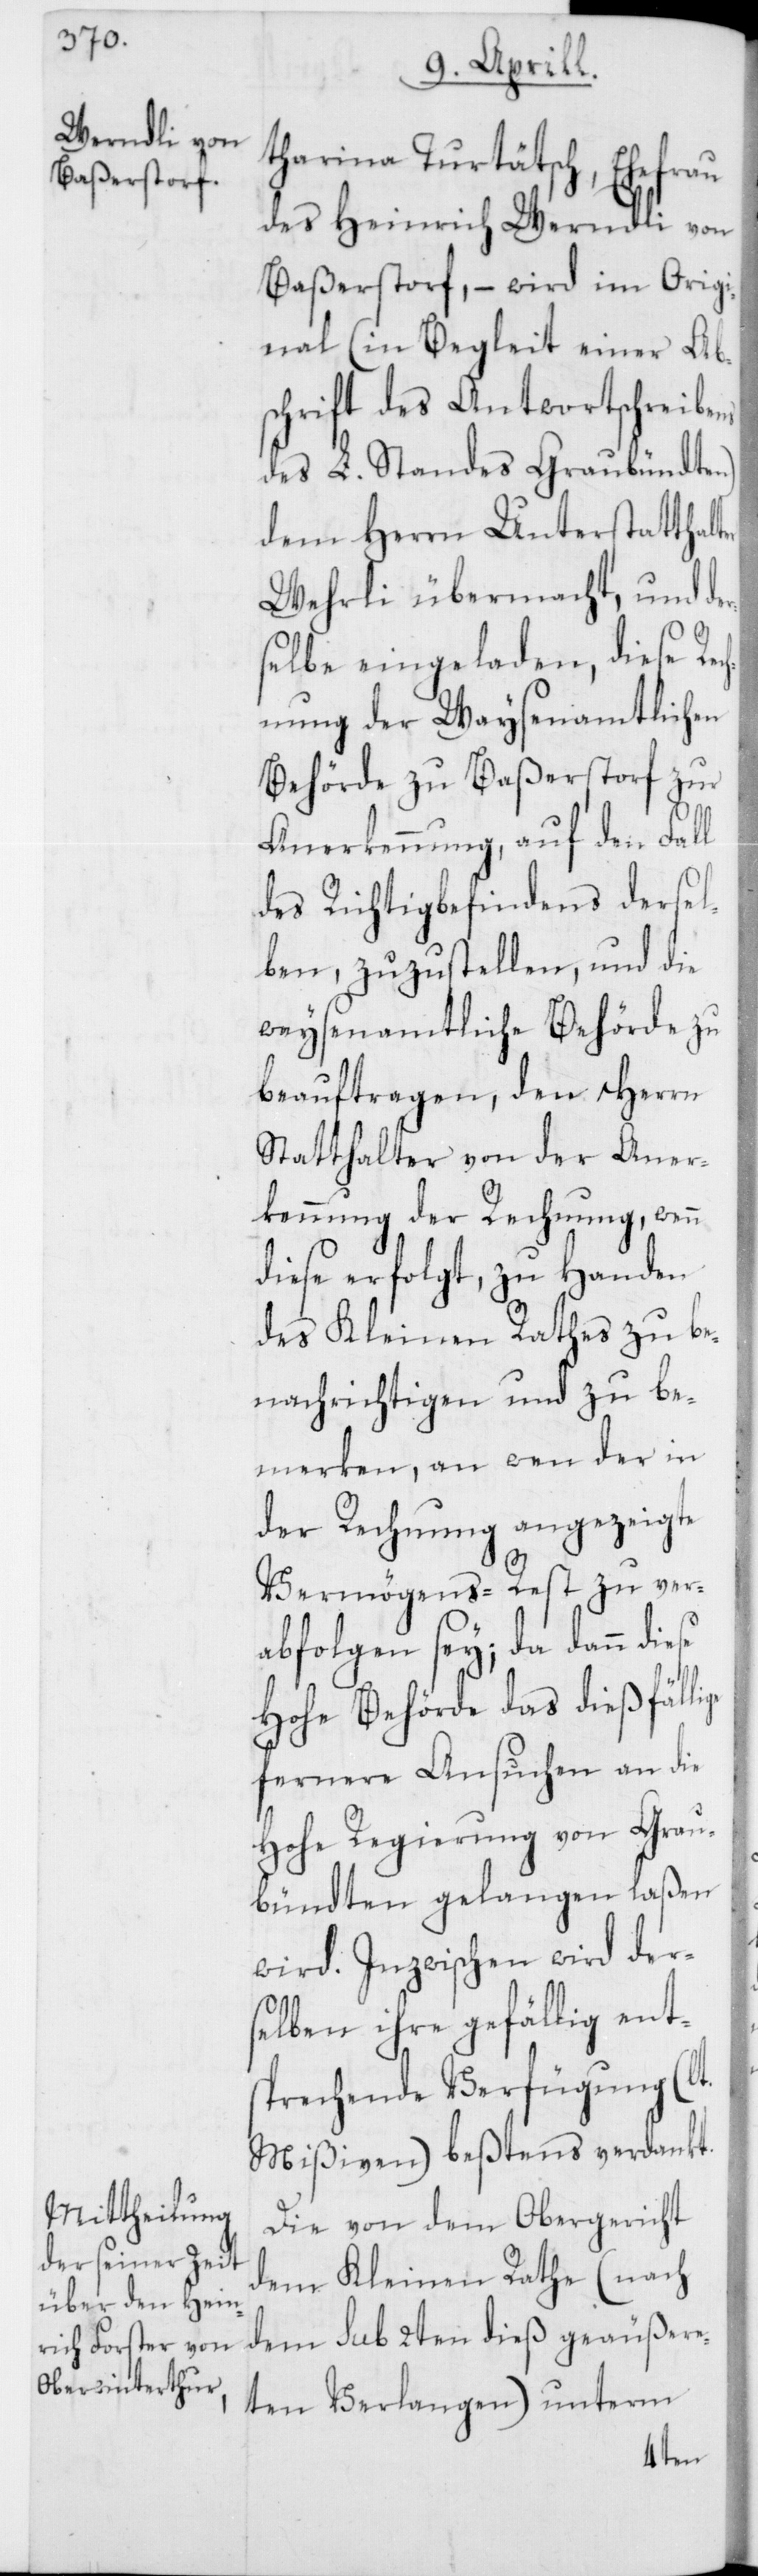
tharina Turtätsch, Ehefrau
des Heinrich Werndli von
Baßerstorf, – wird im Origi¬
nal (in Begleit einer Abs¬
chrift des Antwortschreibens
des L. Standes Graubündten)
dem Herrn Unterstatthal¬
Wehrli übermacht, und de¬
rselbe eingeladen, diese Rec¬
hnung der Waysenamtlichen
Behörde zu Baßerstorf zur
Anerkennung, auf den Fall
des Richtigbefindens dersel¬
ben, zuzustellen, und die
waysenamtliche Behörde zu
beauftragen, den Herrn
Statthalter von der Aner¬
kennung der Rechnung, wenn
diese erfolgt, zu Handen
des Kleinen Rathes zu be¬
nachrichtigen und zu be¬
merken, an wen der in
der Rechnung angezeigte
Vermögens-Rest zu ver¬
abfolgen sey; da dann
Hohe Behörde das dießfälli¬
fernere Ansuchen an die
Hohe Regierung von Grau¬
bündten gelangen laßen
wird. Inzwischen wird der¬
selben ihre gefällig ent¬
sprechende Verfügung (lt.
Mißiven) beßtens verdankt.
Die von dem Obergericht
dem Kleinen Rathe (nach
dem sub 2ten dieß geäußere¬
ten Verlangen) unterm
ge